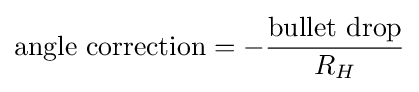
{\mbox{angle correction}}=-{\frac {\mbox{bullet drop}}{R_{H}}}